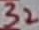
Text: 32